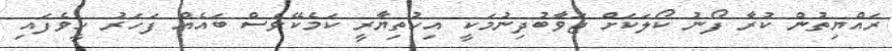
ރައްޔިތުން ކުރާ ފޯނު ކޯލަކަށް ޖަވާބުދިނުމަކީ އިހުތިޔާރީ ކަމެކޭވެސް ބައެއް ފަހަރު ހީވެފައި